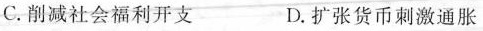
C.削减社会福利开支 D.扩张货币刺激通胀